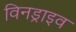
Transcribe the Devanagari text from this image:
विनड्राइव